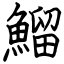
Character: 鰡